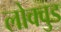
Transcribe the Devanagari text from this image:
लोक्वुड